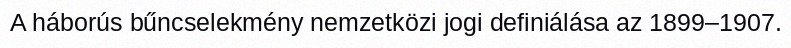
A háborús bűncselekmény nemzetközi jogi definiálása az 1899–1907.